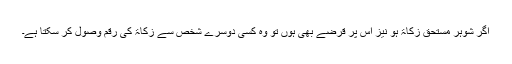
اگر شوہر مستحقِ زکاۃ ہو نیز اس پر قرضے بھی ہوں تو وہ کسی دوسرے شخص سے زکاۃ کی رقم وصول کر سکتا ہے۔